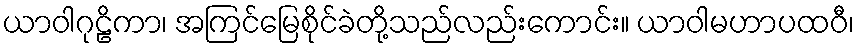
ယာဝါဂုဠိကာ၊ အကြင်မြေစိုင်ခဲတို့သည်လည်းကောင်း။ ယာဝါမဟာပထဝီ၊